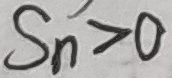
S _ { n } > 0